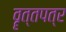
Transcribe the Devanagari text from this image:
वॄत्तपत्र